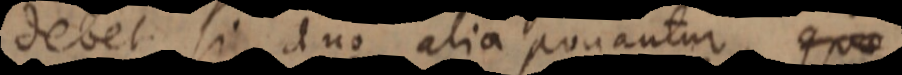
debet si duo alia ponantur, qu